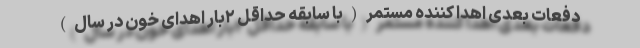
دفعات بعدی اهدا کننده مستمر(با سابقه حداقل ۲بار اهدای خون در سال)